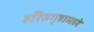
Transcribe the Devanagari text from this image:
हरितगृहामध्ये